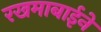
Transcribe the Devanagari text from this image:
रखमाबाईने